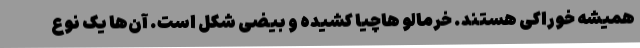
همیشه خوراکی هستند. خرمالو هاچیا کشیده و بیضی شکل است. آن‌ها یک نوع